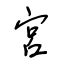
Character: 宮